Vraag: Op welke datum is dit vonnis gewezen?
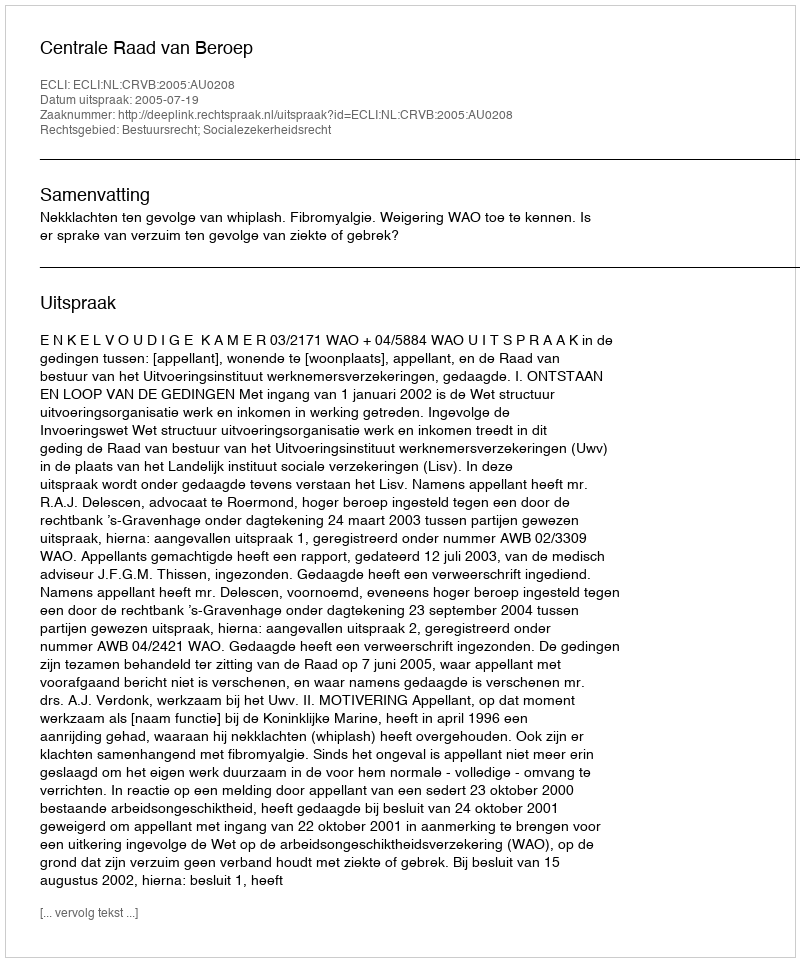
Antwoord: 2005-07-19